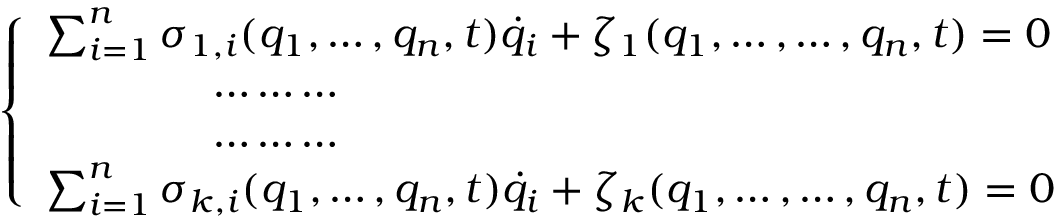
\left\{ \begin{array} { l } { \sum _ { i = 1 } ^ { n } \sigma _ { 1 , i } ( q _ { 1 } , \dots , q _ { n } , t ) { \dot { q } } _ { i } + \zeta _ { 1 } ( q _ { 1 } , \dots , \dots , q _ { n } , t ) = 0 } \\ { \qquad \qquad \dots \dots \dots } \\ { \qquad \qquad \dots \dots \dots } \\ { \sum _ { i = 1 } ^ { n } \sigma _ { k , i } ( q _ { 1 } , \dots , q _ { n } , t ) { \dot { q } } _ { i } + \zeta _ { k } ( q _ { 1 } , \dots , \dots , q _ { n } , t ) = 0 } \end{array} \right.